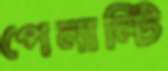
পেনাল্টি